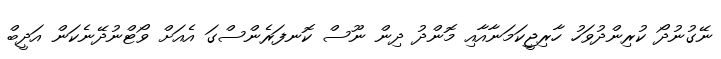
ނޭގުނުދޯ ކުރިންދުވަހު ހާރިޖީކަމަނާއާއި މޮންދު ދިން ނޫސް ކޮނފަރެންސްގަ އެއަށް ވޯޓްނުދޭނެކަން އަދީބް